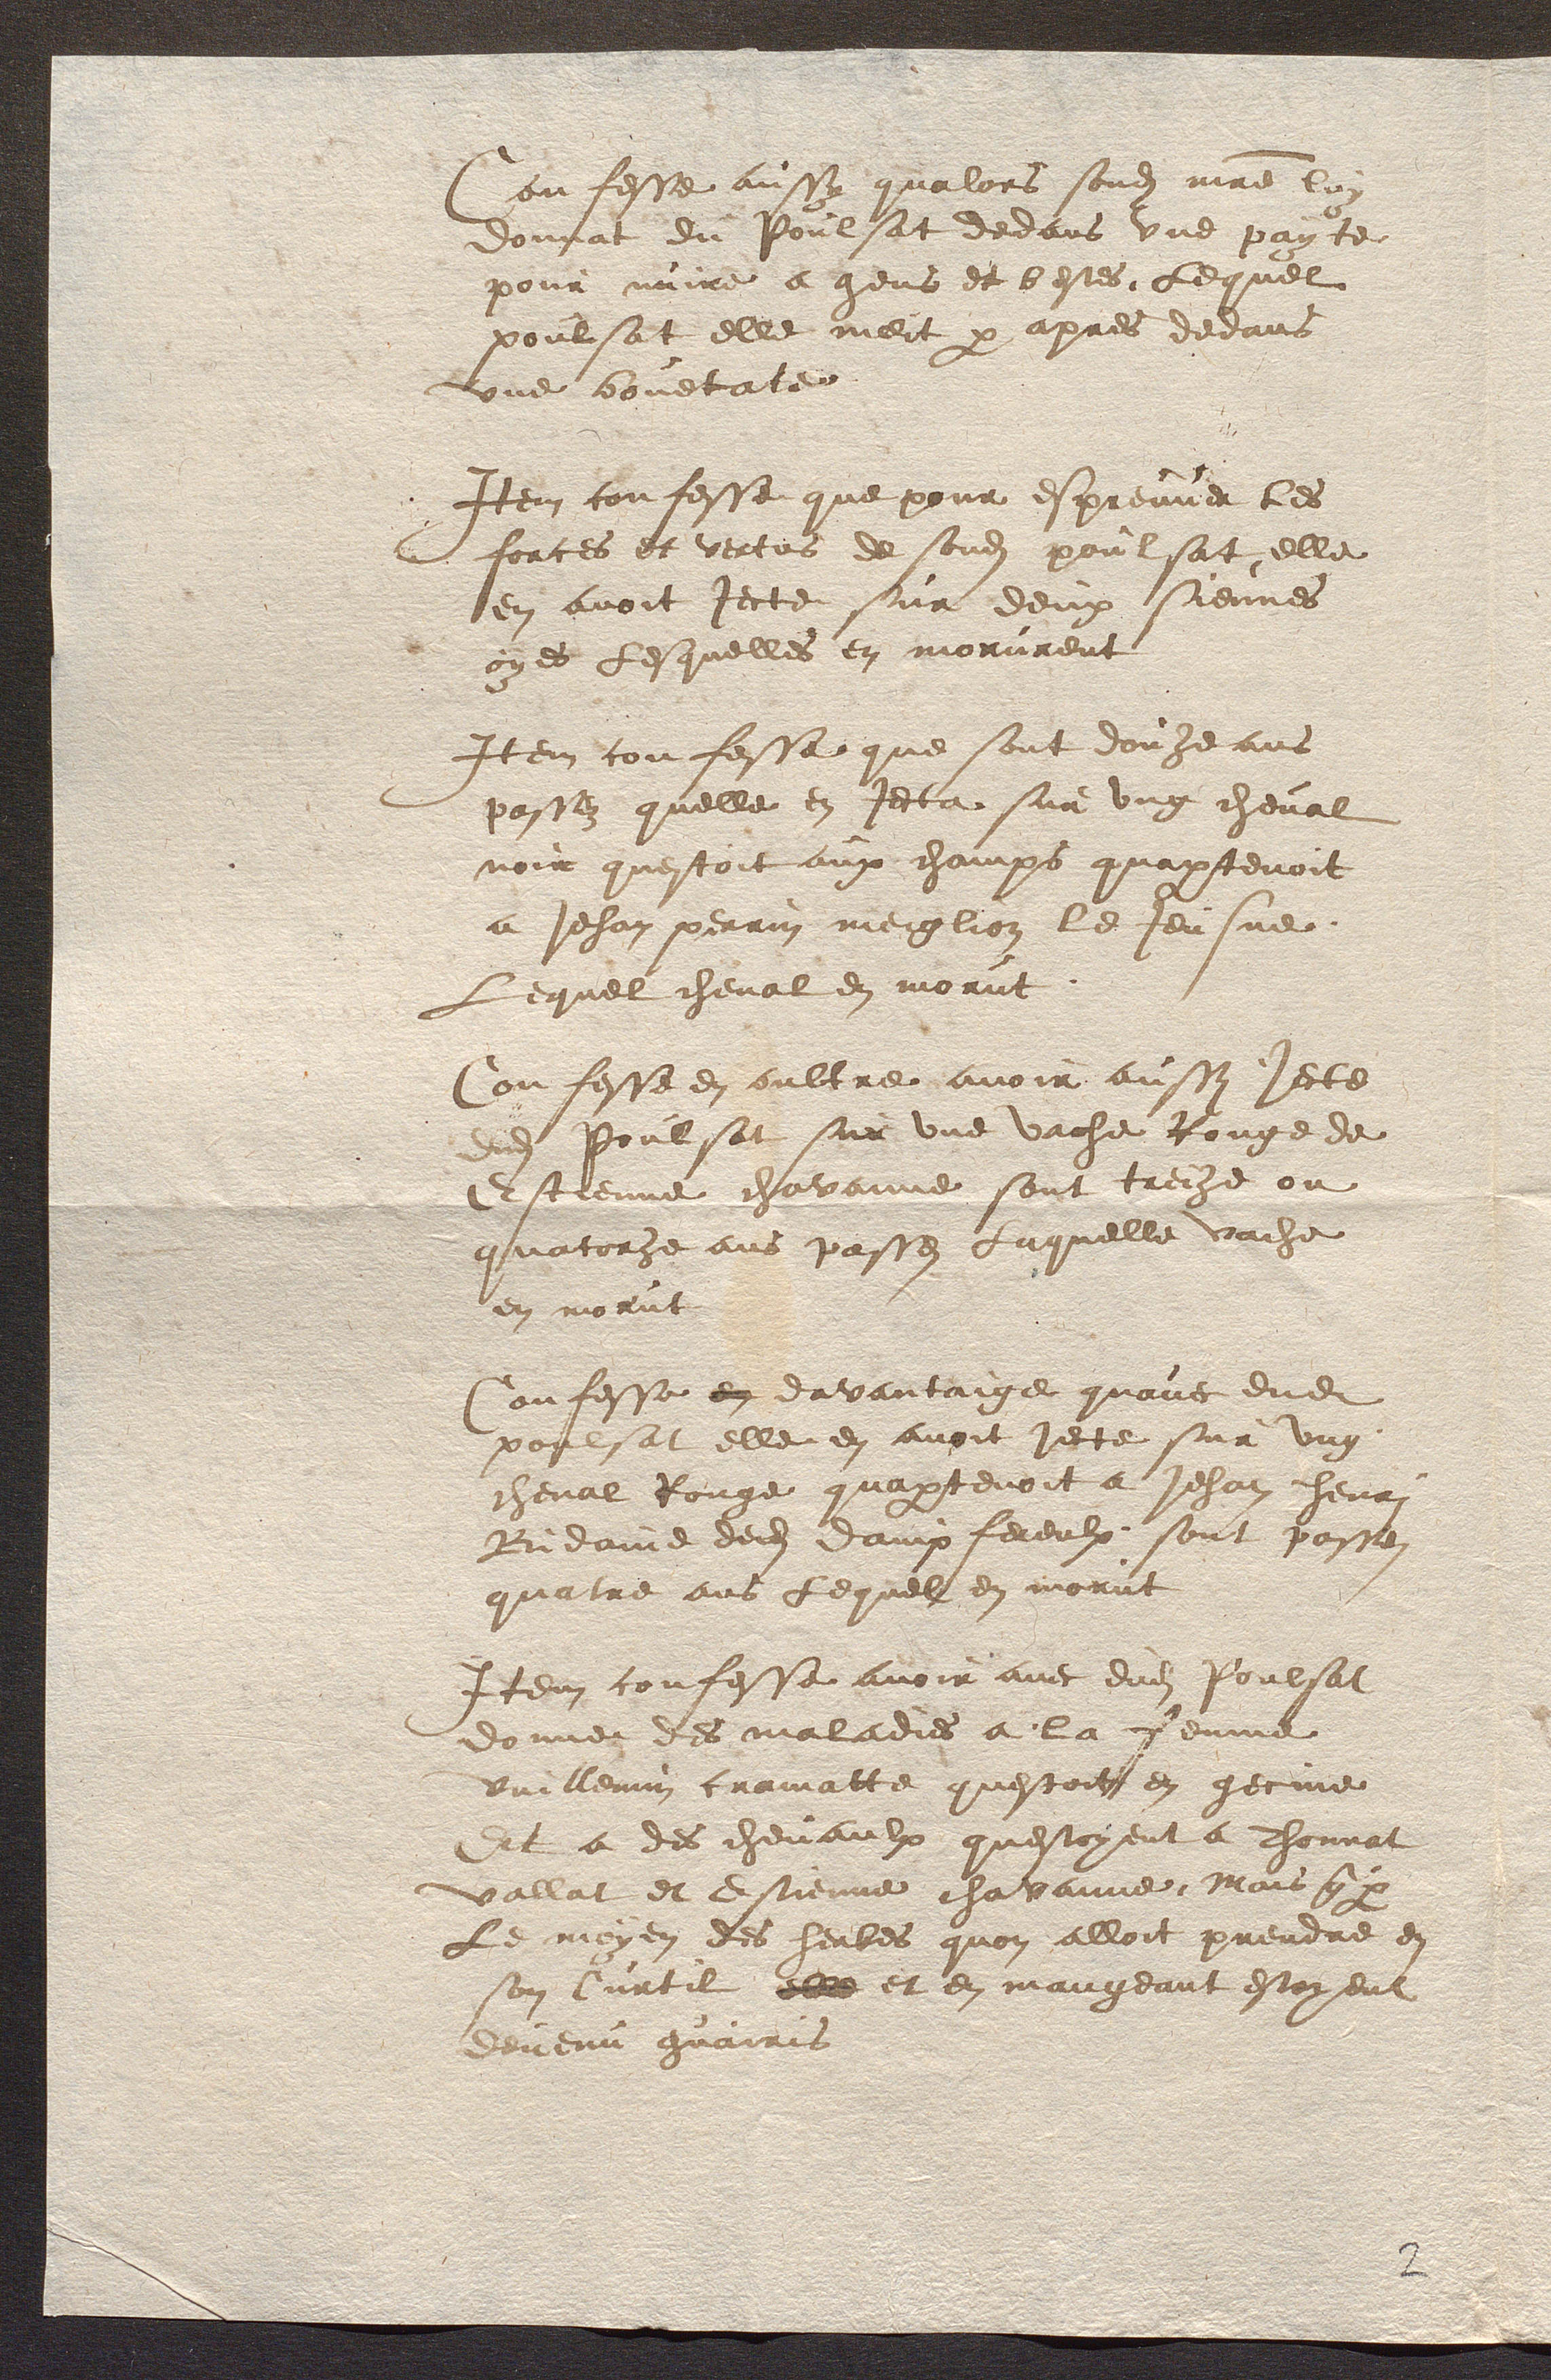
Confesse aussy qualors sondit maitre lon
donnat du Poulsat dedans une payte
pour nuire a gens et bestes Lequel
poulsat elle meit par apres devans
une bouetate
Item confesse que pour espreuver les
forces et vertus de sondit poulsat elle
en avoit jecte sur deux siennes
oyes lesquelles en morurent
Item confesse que sont douze ans
passez quelle en jecta sur ung cheval
noir questoit aux champs quapartenoit
a Jehan perrin meiglion le Jeusne
Lequel cheval en morut
Confesse en oultre avoir aussi jecte
adit Poulsat sur une vache Rouge de
Estienne chavanne sont treize ou
quatorze ans passes Laquelle vache
en morut
Confesse en davantaige quavec dudit
poulsat elle en avoit jecte sur ung
cheval Rouge quapartenoit a Jehan henri
Bidaine dedit dampfereulx sont passez
quatre ans lequel en morut
Item confesse avoir avec dudit Poulsat
donner des maladies a la femme
Vuillemin cramatte questoit en gecine
Et a des chevaulx questoyent a Thonnat
vallat et Estienne chavanne Mais que par
Le moyen des herbes quon alloit prendre en
son Curtil elle et en mangeant estoyent
devenu guairis